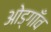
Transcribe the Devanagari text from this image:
ओड्गाँव